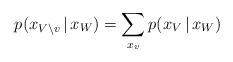
LaTeX: \begin{align*}p(x_{V \setminus v} \,|\, x_W) = \sum_{x_v} p(x_V \,|\, x_W)\end{align*}